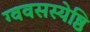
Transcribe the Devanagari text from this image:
ग्ववसस्येष्ठि